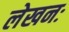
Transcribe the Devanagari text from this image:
लेखनः